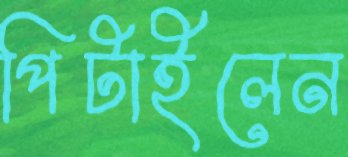
পিটাইলেন